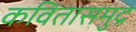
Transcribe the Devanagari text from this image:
कवितासमुद्र